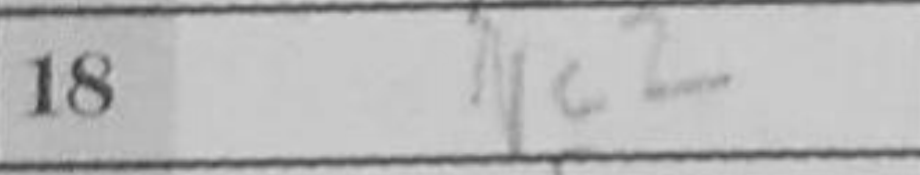
Transcription: Nc2